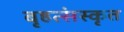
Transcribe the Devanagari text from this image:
बृहत्संस्कृत